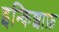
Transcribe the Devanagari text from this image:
इन्किशाफ़